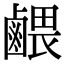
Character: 𪉭